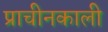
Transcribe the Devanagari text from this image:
प्राचीनकाली